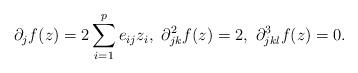
LaTeX: \begin{align*}\partial_jf(z)=2 \sum_{i=1}^{p}e_{ij} z_i, \ \partial^2_{jk}f(z)=2, \ \partial^3_{jkl}f(z)=0.\end{align*}